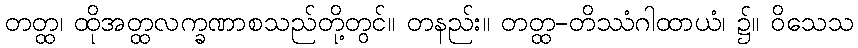
တတ္ထ၊ ထိုအတ္ထလက္ခဏာစသည်တို့တွင်။ တနည်း။ တတ္ထ-တိဿံဂါထာယံ၊ ၌။ ဝိသေသ